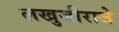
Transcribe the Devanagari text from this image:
लखुजीराजे